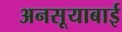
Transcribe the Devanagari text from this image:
अनसूयाबाई